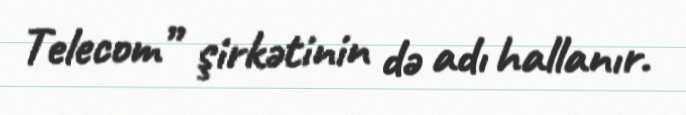
Telecom” şirkətinin də adı hallanır.